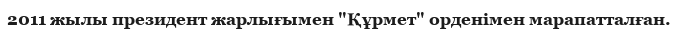
2011 жылы президент жарлығымен "Құрмет" орденімен марапатталған.